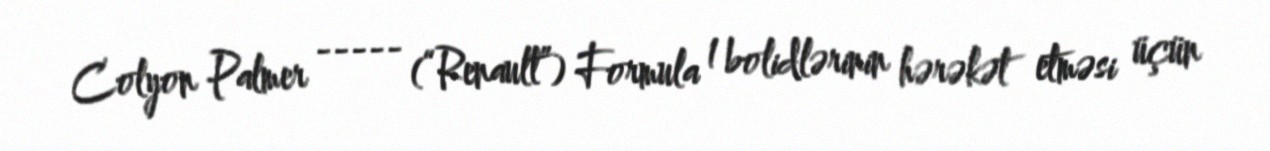
Colyon Palmer ----- (“Renault”) Formula 1 bolidlərinin hərəkət etməsi üçün